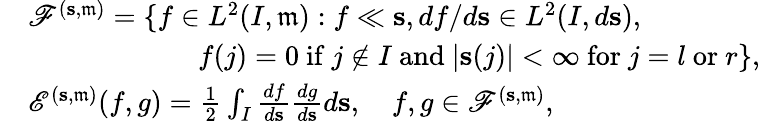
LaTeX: \begin{array}{rl}&{{\mathscr F}^{(\mathbf{s},\mathfrak{m})}=\{ f\in L^{2}(I,\mathfrak{m}):f\ll\mathbf{s},df/d\mathbf{s}\in L^{2}(I,d\mathbf{s}),}\\ &{\qquad\qquad\qquad f(j)=0\mathrm{~if~}j\notin I\mathrm{~and~}|\mathbf{s}(j)|<\infty\mathrm{~for~}j=l\mathrm{~or~}r\} ,}\\ &{{\mathscr E}^{(\mathbf{s},\mathfrak{m})}(f,g)=\frac{1}{2}\int_{I}\frac{df}{d\mathbf{s}}\frac{dg}{d\mathbf{s}}d\mathbf{s},\quad f,g\in{\mathscr F}^{(\mathbf{s},\mathfrak{m})},}\end{array}